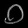
Digit: ၀